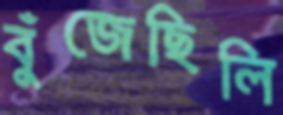
বুঁজেছিলি